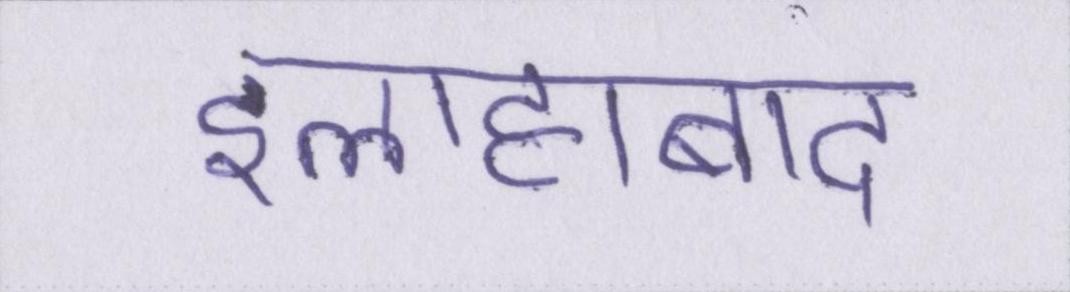
इलाहाबाद